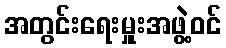
အတွင်းရေးမှူးအဖွဲ့ဝင်